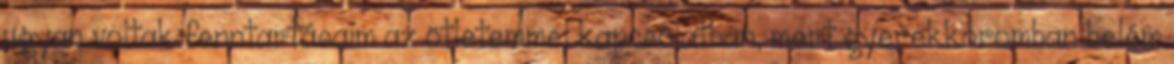
ugyan voltak fenntartásaim az ötletemmel kapcsolatban, mert gyerekkoromban belém